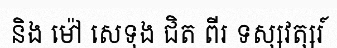
និង ម៉ៅ សេទុង ជិត ពីរ ទស្សវត្សរ៍